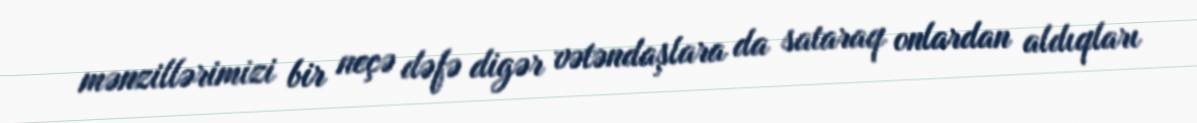
mənzillərimizi bir neçə dəfə digər vətəndaşlara da sataraq onlardan aldıqları